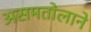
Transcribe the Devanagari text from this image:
असमतोलाने